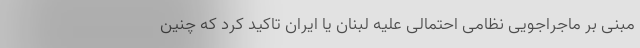
مبنی بر ماجراجویی نظامی احتمالی علیه لبنان یا ایران تاکید کرد که چنین